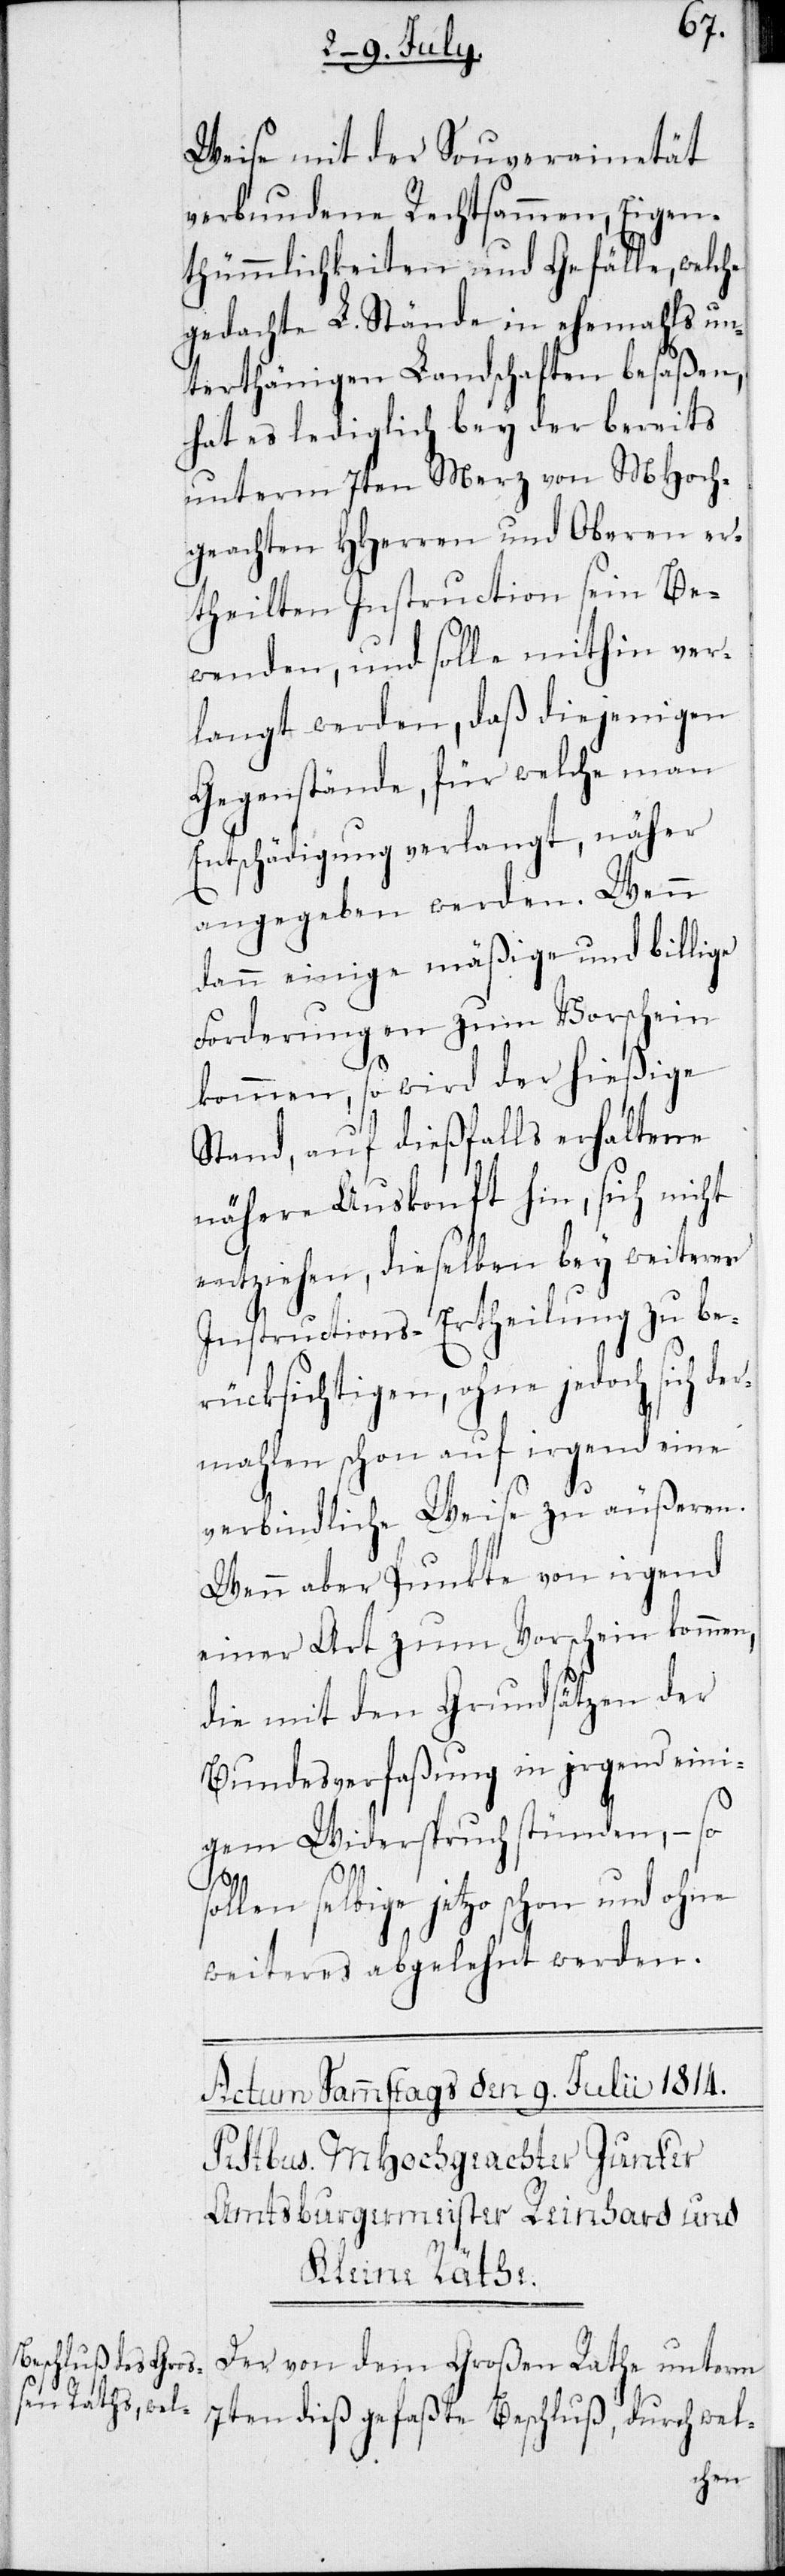
Weise mit der Souverainetät
verbundene Rechtsammen, Eigen¬
thümmlichkeiten und Gefälle, welche
gedachte L. Stände in ehemahls un¬
terthänigen Landschaften besaßen,
hat es ledigliche bey der bereits
unterm 7ten Merz von MHoch¬
geachten HHerren und Oberen er¬
theilten Instruction sein Be¬
wenden, und solle mithin ver¬
langt werden, daß diejenigen
Gegenstände, für welche man
Entschädigung verlangt, näher
angegeben werden. Wenn
dann einige mäßige und billige
Forderungen zum Vorschein
kommen, so wird der hießige
Stand, auf dießfalls erhaltene
nähere Auskonft hin, sich nicht
entziehen, dieselben bey weiterer
Instructions-Ertheilung zu be¬
rücksichtigen, ohne jedoch sich der¬
mahlen schon auf irgend eine
verbindliche Weise zu äußeren.
Wenn aber Punkte von irgend
einer Art zum Vorschein kommen,
die mit den Grundsätzen der
Bundesverfaßung in irgend eini¬
gem Widerspruch stünden, – so
selbige jetzo schon und ohne
weiteres abgelehnt werden.
Der von dem Großen Rathe unterm
7ten dieß gefaßte Beschluß, durch wel-